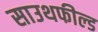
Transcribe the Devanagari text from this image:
साउथफील्ड